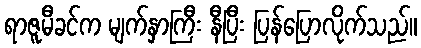
ရာဇူမီခင်က မျက်နှာကြီး နီပြီး ပြန်ပြောလိုက်သည်။